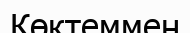
Көктеммен